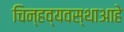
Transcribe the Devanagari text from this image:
चिन्हव्यवस्थाआहे